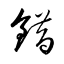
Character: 錯